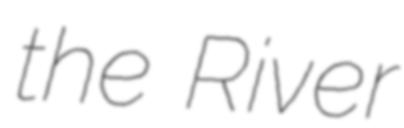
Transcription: the River